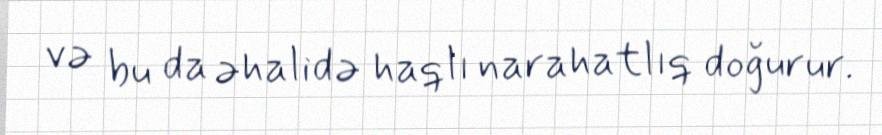
və bu da əhalidə haqlı narahatlıq doğurur.